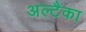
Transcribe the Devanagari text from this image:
अल्टैका